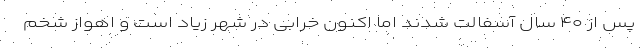
پس از ۴۰ سال آسفالت شدند اما اکنون خرابی در شهر زیاد است و اهواز شخم